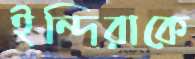
ইন্দিরাকে